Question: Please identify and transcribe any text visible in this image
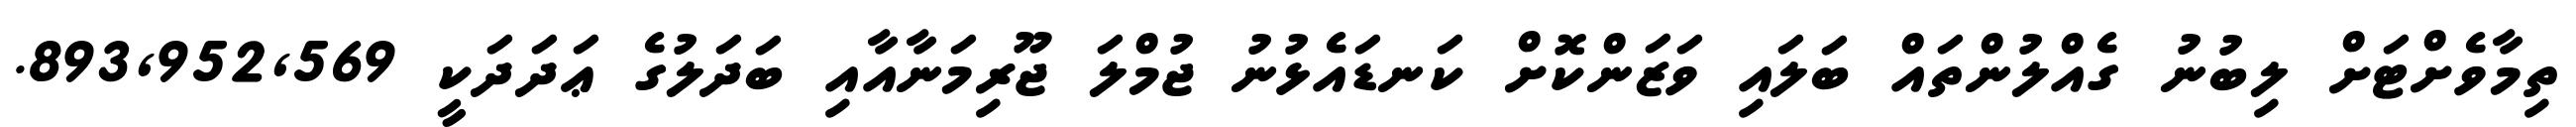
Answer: ތިމާވެށްޓަށް ލިބުނު ގެއްލުންތައް ބަލައި ވަޒަންކޮށް ކަނޑައެޅުނު ޖުމްލަ ޖޫރިމަނާއާއި ބަދަލުގެ ޢަދަދަކީ 893,952,569.